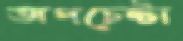
অপচেষ্টা